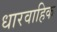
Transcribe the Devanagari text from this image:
धारवाहिक